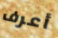
أعرف